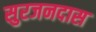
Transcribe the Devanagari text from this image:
सुरजनदास